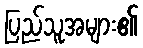
ပြည်သူအများ၏